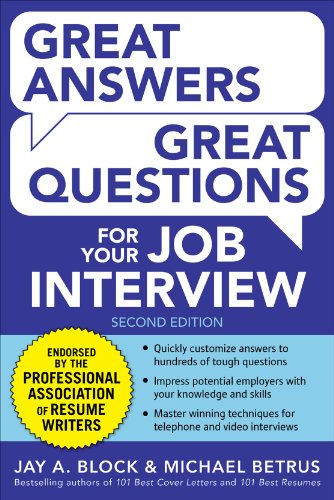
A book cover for Great Answers, Great Questions For Your Job Interview, 2nd Edition; Jay A. Block; Business & Money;